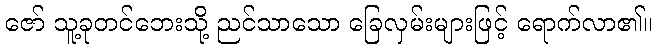
ဇော် သူ့ခုတင်ဘေးသို့ ညင်သာသော ခြေလှမ်းများဖြင့် ရောက်လာ၏။